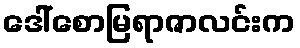
ဒေါ်စောမြရာဇာလင်းက